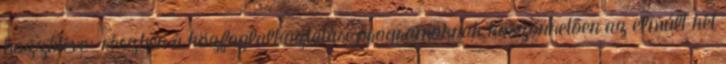
hozzátéve: részben a közfoglalkoztatási programoknak köszönhetően az elmúlt két